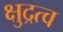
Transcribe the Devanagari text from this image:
क्षुद्रत्व